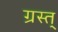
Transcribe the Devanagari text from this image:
ग्रस्त्